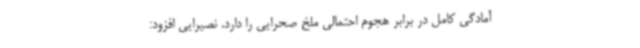
آمادگی کامل در برابر هجوم احتمالی ملخ صحرایی را دارد. نصیرایی افزود: